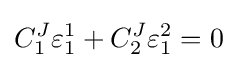
C_{1}^{J}\varepsilon _{1}^{1}+C_{2}^{J}\varepsilon _{1}^{2}=0